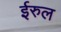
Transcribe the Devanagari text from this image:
ईरुल